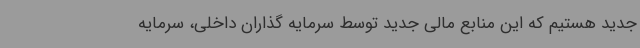
جدید هستیم که این منابع مالی جدید توسط سرمایه گذاران داخلی، سرمایه